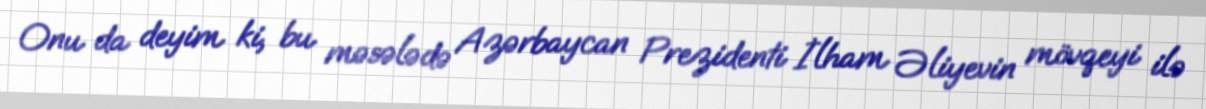
Onu da deyim ki, bu məsələdə Azərbaycan Prezidenti İlham Əliyevin mövqeyi ilə